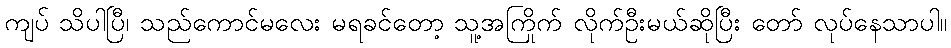
ကျပ် သိပါပြီ၊ သည်ကောင်မလေး မရခင်တော့ သူ့အကြိုက် လိုက်ဦးမယ်ဆိုပြီး တော် လုပ်နေသာပါ။